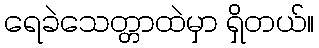
ရေခဲသေတ္တာထဲမှာ ရှိတယ်။